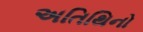
અતિથિનો